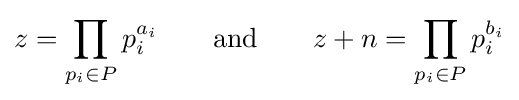
z=\prod _{p_{i}\in P}p_{i}^{a_{i}}\qquad {\text{and}}\qquad z+n=\prod _{p_{i}\in P}p_{i}^{b_{i}}